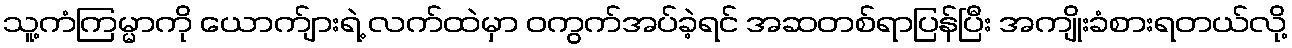
သူ့ကံကြမ္မာကို ယောက်ျားရဲ့ လက်ထဲမှာ ဝကွက်အပ်ခဲ့ရင် အဆတစ်ရာပြန်ပြီး အကျိုးခံစားရတယ်လို့